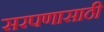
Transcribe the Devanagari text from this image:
सरपणासाठी